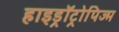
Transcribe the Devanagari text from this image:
हाइड्रॉट्रोपिज्म